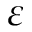
\varepsilon